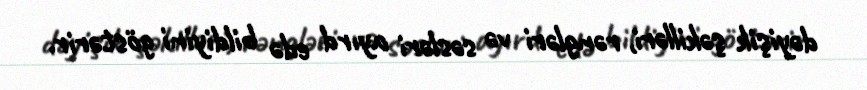
dəyişik şəkilləri, rəngləri və səsləri ayırd edə bildiyini göstərir.